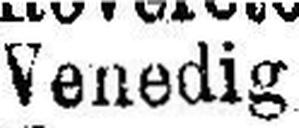
Venedig